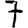
Digit: 7